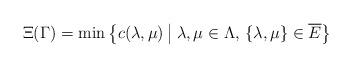
LaTeX: \begin{align*}\Xi(\Gamma) = \min \left\{ c(\lambda, \mu) \: \middle| \: \lambda, \mu \in \Lambda, \, \{\lambda, \mu \} \in \overline{E} \right\}\end{align*}